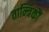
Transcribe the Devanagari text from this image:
तान्त्रिकौं